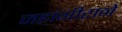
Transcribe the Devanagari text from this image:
जहांगीराने